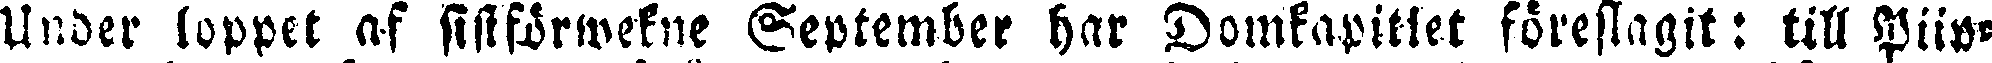
Under loppet af sistförwekne September har Domkapitlet föreslagit: till Piip-